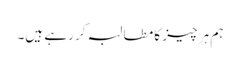
ہم ہر چیز کا مطالبہ کر رہے ہیں۔